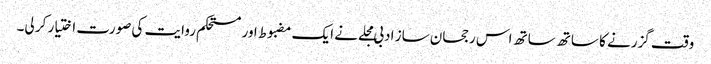
وقت گزرنے کا ساتھ ساتھ اس رجحان ساز ادبی مجلے نے ایک مضبوط اور مستحکم روایت کی صورت اختیار کر لی۔